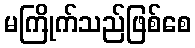
မကြိုက်သည်ဖြစ်စေ